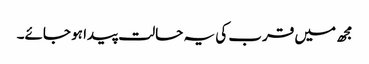
مجھ میں قرب کی یہ حالت پیدا ہو جائے۔